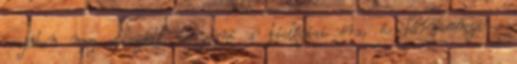
csajában meg elkezdett ketyegni a biológiai óra, és bármennyire